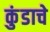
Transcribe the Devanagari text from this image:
कुंडाचे